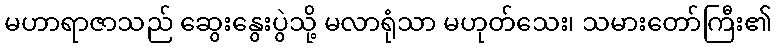
မဟာရာဇာသည် ဆွေးနွေးပွဲသို့ မလာရုံသာ မဟုတ်သေး၊ သမားတော်ကြီး၏